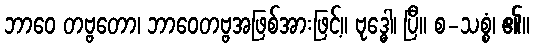
ဘာဝေ တဗ္ဗတော၊ ဘာဝေတဗ္ဗအဖြစ်အားဖြင့်။ ဗုဒ္ဓေါ၊ ပြီ။ စ-သစ္စံ၊ ၏။